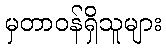
မှတာဝန်ရှိသူများ